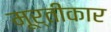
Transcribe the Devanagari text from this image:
मूर्तीकार